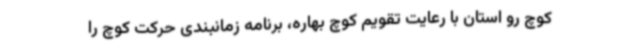
کوچ رو استان با رعایت تقویم کوچ بهاره، برنامه زمانبندی حرکت کوچ را